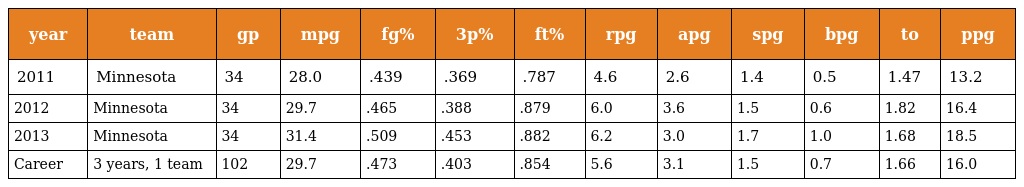
| year | team | gp | mpg | fg% | 3p% | ft% | rpg | apg | spg | bpg | to | ppg |
 | --- | --- | --- | --- | --- | --- | --- | --- | --- | --- | --- | --- | --- |
 | 2011 | Minnesota | 34 | 28.0 | .439 | .369 | .787 | 4.6 | 2.6 | 1.4 | 0.5 | 1.47 | 13.2 |
 | 2012 | Minnesota | 34 | 29.7 | .465 | .388 | .879 | 6.0 | 3.6 | 1.5 | 0.6 | 1.82 | 16.4 |
 | 2013 | Minnesota | 34 | 31.4 | .509 | .453 | .882 | 6.2 | 3.0 | 1.7 | 1.0 | 1.68 | 18.5 |
 | Career | 3 years, 1 team | 102 | 29.7 | .473 | .403 | .854 | 5.6 | 3.1 | 1.5 | 0.7 | 1.66 | 16.0 |